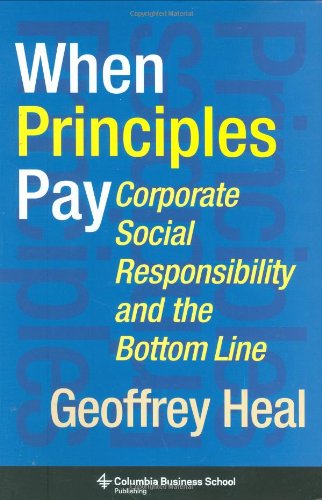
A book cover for When Principles Pay: Corporate Social Responsibility and the Bottom Line (Columbia Business School Publishing); Geoffrey Heal; Business & Money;